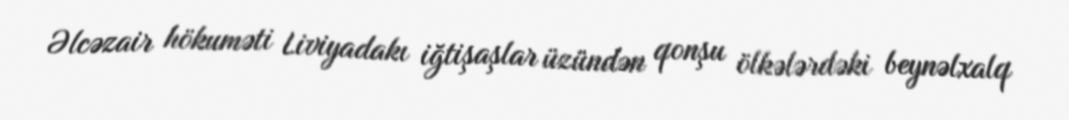
Əlcəzair hökuməti Liviyadakı iğtişaşlar üzündən qonşu ölkələrdəki beynəlxalq